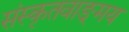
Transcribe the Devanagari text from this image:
संस्कृतवाङ्‌मय